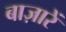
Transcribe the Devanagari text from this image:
बाज़ारें